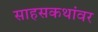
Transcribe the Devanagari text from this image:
साहसकथांवर